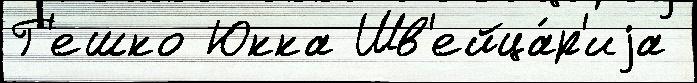
Г'ешко Юкка Шв'ейца́р'иjа